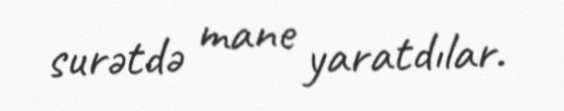
surətdə mane yaratdılar.